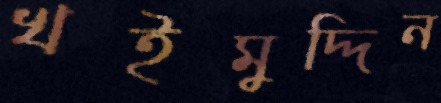
খইমুদ্দিন